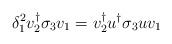
LaTeX: \begin{align*}\delta_{1}^{2}v_{2}^{\dagger}\sigma_{3}v_{1} = v_{2}^{\dagger}u^{\dagger}\sigma_{3}uv_{1}\end{align*}